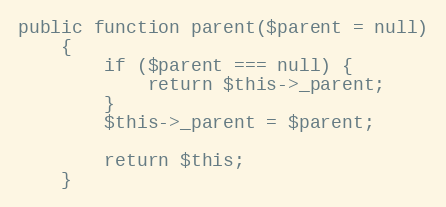
Language: PHP
public function parent($parent = null)
    {
        if ($parent === null) {
            return $this->_parent;
        }
        $this->_parent = $parent;

        return $this;
    }